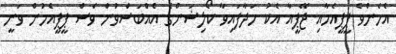
އެހެންވެ ޕީޕީއެމާއި ޖޭޕީއާ އެކު ހަދާފައިވާ ކޯލިޝަންގެ އެއްބަސްވުން ވެސް ޕީޕީއެމުން ވަނީ